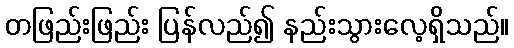
တဖြည်းဖြည်း ပြန်လည်၍ နည်းသွားလေ့ရှိသည်။